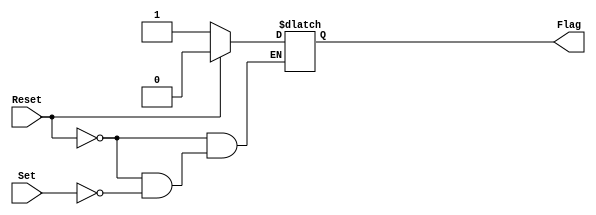
module AsyncLatch(Set,Reset,Flag);

	input Set, Reset;
	output reg Flag;
	
	initial begin
		Flag = 0;
	end
	
	always @(*) begin
		if (Reset) Flag = 0;
		else if (Set) Flag = 1;
	end

endmodule